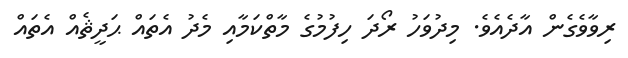
ރިވާވެގެން އާދެއެވެ. މިދުވަހު ރޯދަ ހިފުމުގެ މާތްކަމާއި މެދު އެތައް ޙަދީޘެއް އެތައް